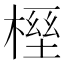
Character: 𣖭